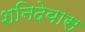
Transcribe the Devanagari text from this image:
शनिदेवास